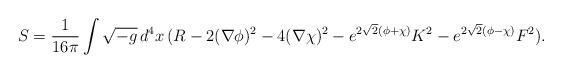
LaTeX: \begin{align*}S=\frac{1}{16\pi} \int \sqrt{-g}\, d^4x\, (R- 2 (\nabla \phi)^2- 4 (\nabla \chi)^2 -e^{2\sqrt{2}(\phi+\chi)} K^2 -e^{2\sqrt{2}(\phi-\chi)} F^2) .\end{align*}